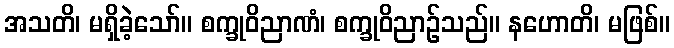
အသတိ၊ မရှိခဲ့သော်။ စက္ခုဝိညာဏံ၊ စက္ခုဝိညာဉ်သည်။ နဟောတိ၊ မဖြစ်။